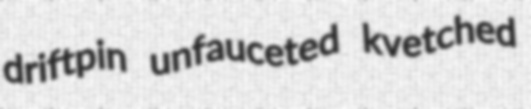
driftpin unfauceted kvetched